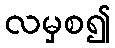
လမှစ၍